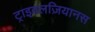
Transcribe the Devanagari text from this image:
ट्राइवलज़ियानस